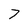
Character: 7